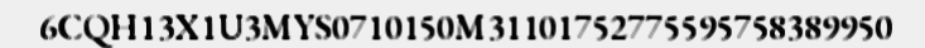
6CQH13X1U3MYS0710150M31101752775595758389950